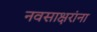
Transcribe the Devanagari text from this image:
नवसाक्षरांना